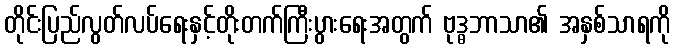
တိုင်းပြည်လွတ်လပ်ရေးနှင့်တိုးတက်ကြီးပွားရေးအတွက် ဗုဒ္ဓဘာသာ၏ အနှစ်သာရကို